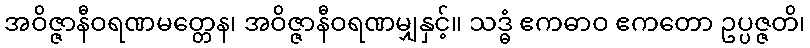
အဝိဇ္ဇာနီဝရဏမတ္တေန၊ အဝိဇ္ဇာနီဝရဏမျှနှင့်။ သဒ္ဓံ ဧကဓာဝ ဧကတော ဥပ္ပဇ္ဇတိ၊